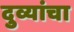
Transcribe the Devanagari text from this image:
दुव्यांचा